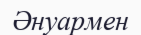
Әнуармен